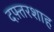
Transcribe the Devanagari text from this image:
दफ़्तरशाह